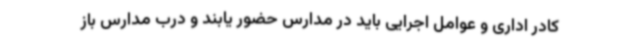
کادر اداری و عوامل اجرایی باید در مدارس حضور یابند و درب مدارس باز